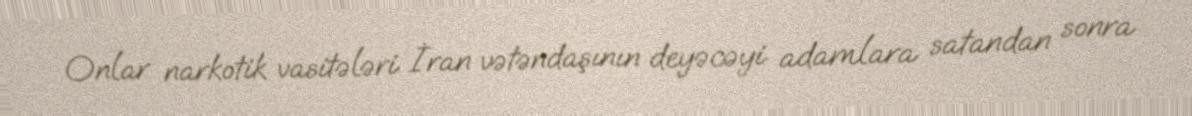
Onlar narkotik vasitələri İran vətəndaşının deyəcəyi adamlara satandan sonra